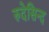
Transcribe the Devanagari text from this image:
रुदेसिन्द